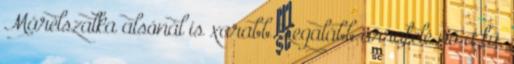
Márélszalka alsónál is xarabb. Legalább arrafelé nő a fű,